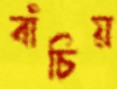
বাঁচিয়